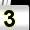
Digit: 3